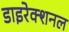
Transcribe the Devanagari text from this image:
डाइरेक्शनल